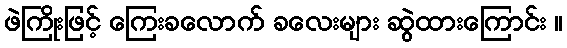
ဖဲကြိုးဖြင့် ကြေးခလောက် ခလေးများ ဆွဲထားကြောင်း ။